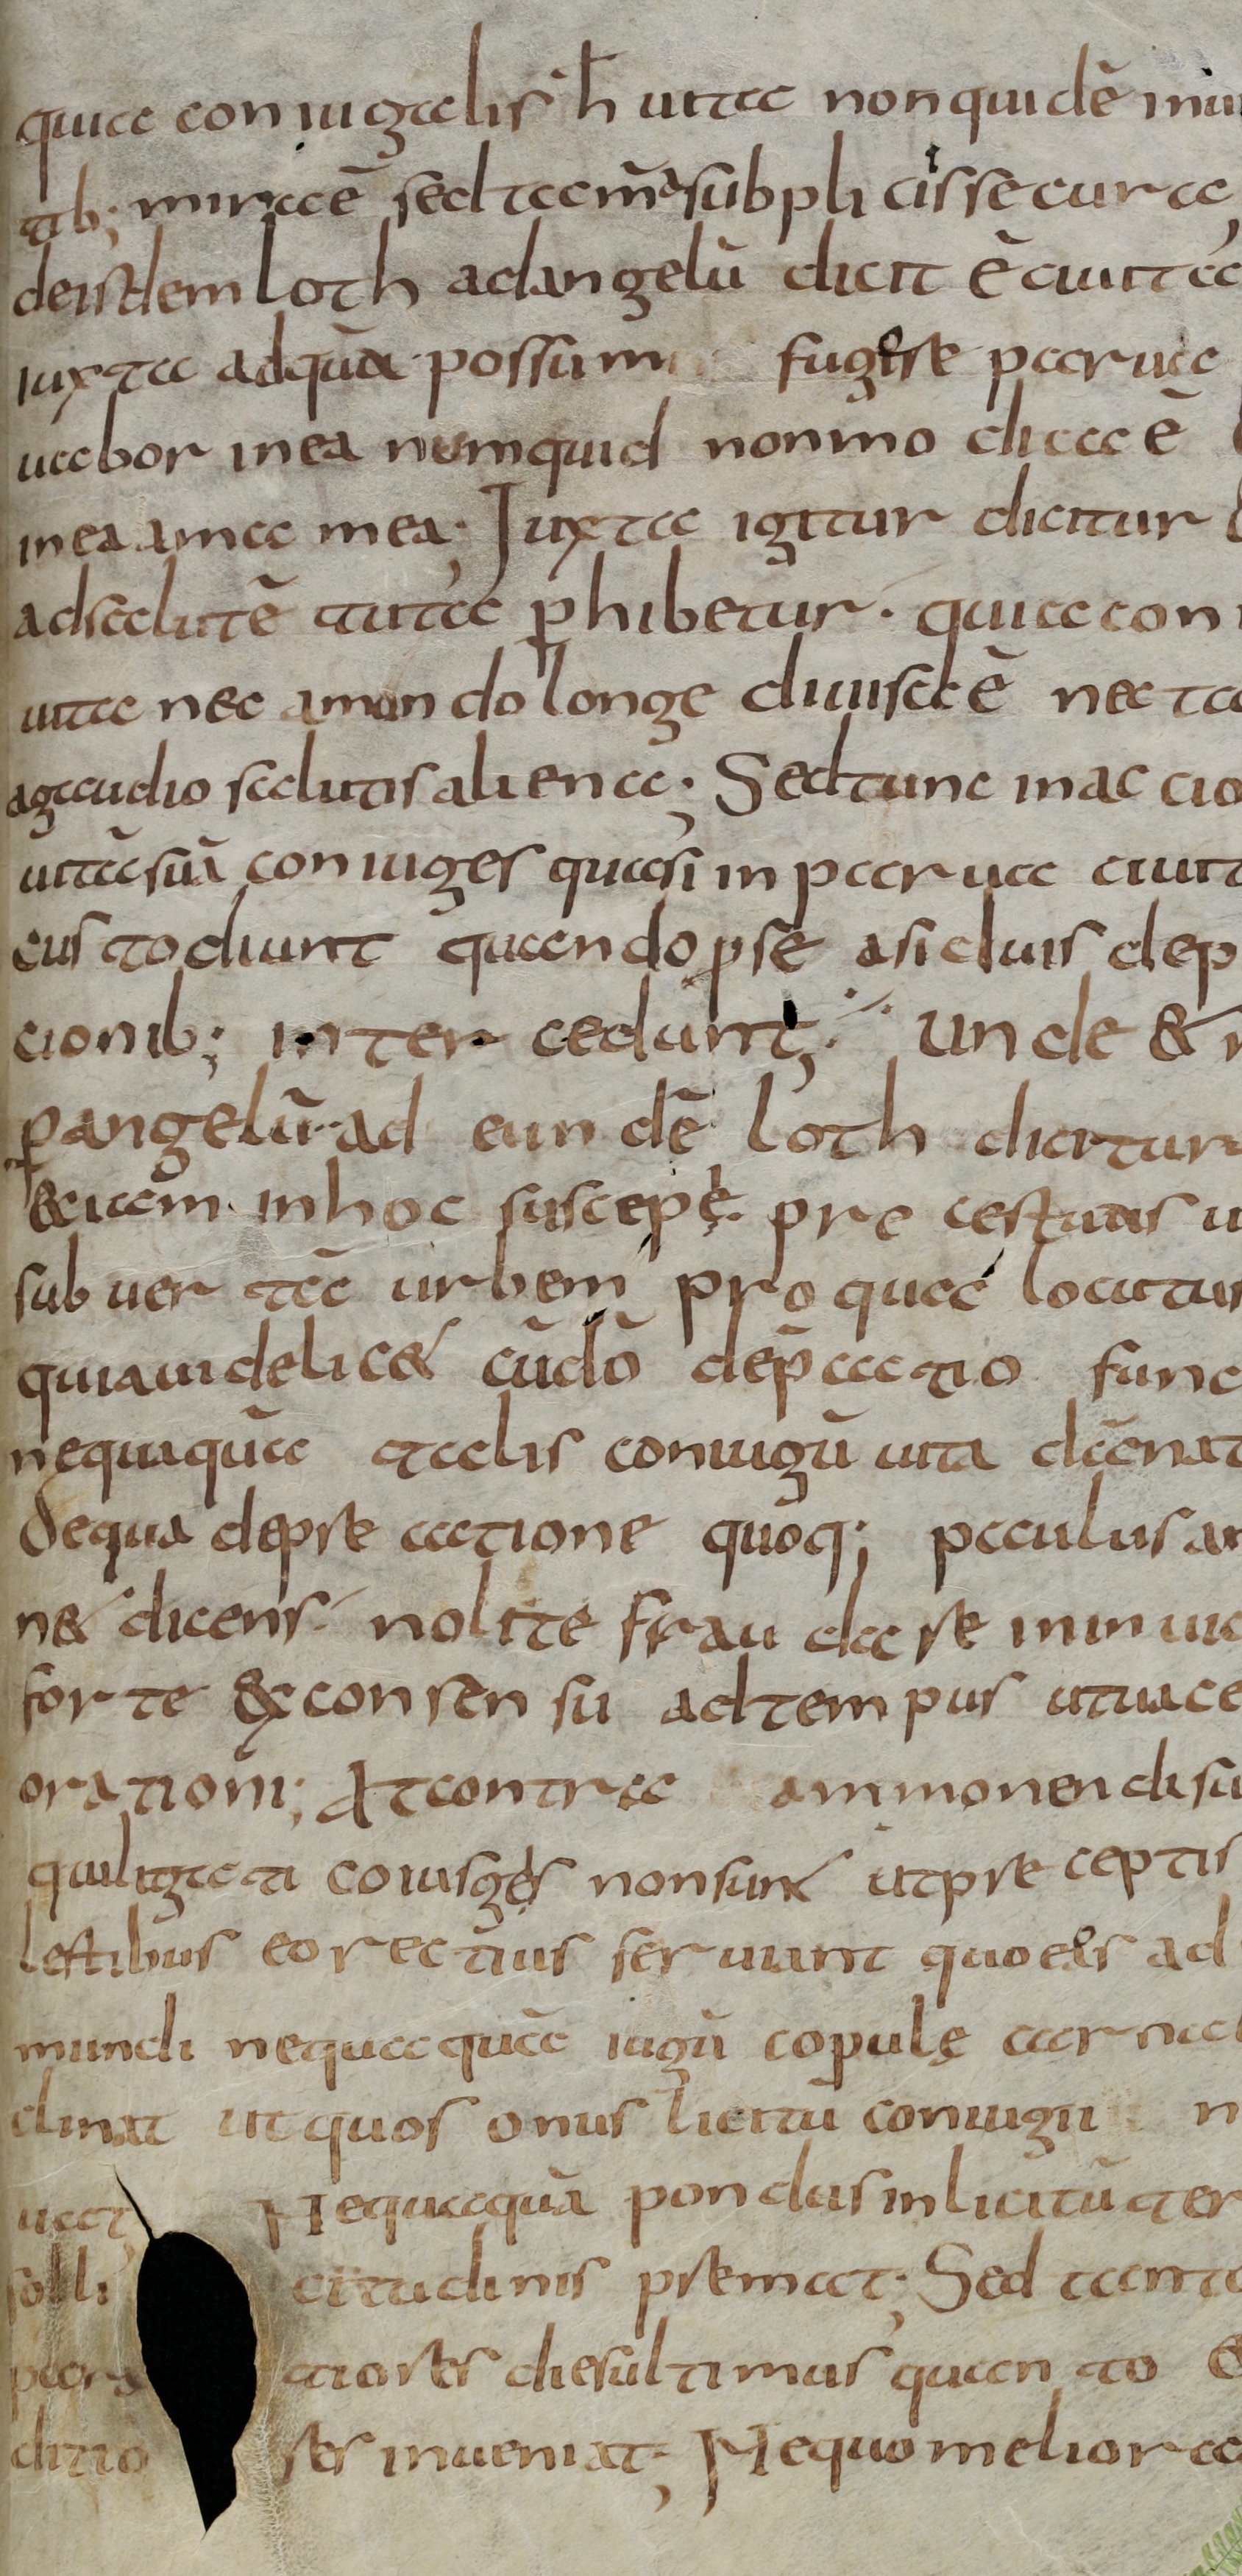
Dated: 800–830